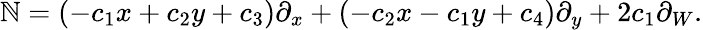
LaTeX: \mathbb{N}=(-c_{1}x+c_{2}y+c_{3})\partial_{x}+(-c_{2}x-c_{1}y+c_{4})\partial_{y}+2c_{1}\partial_{W}.